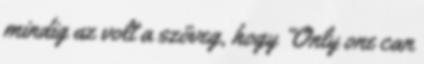
mindig az volt a szöveg, hogy “Only one can